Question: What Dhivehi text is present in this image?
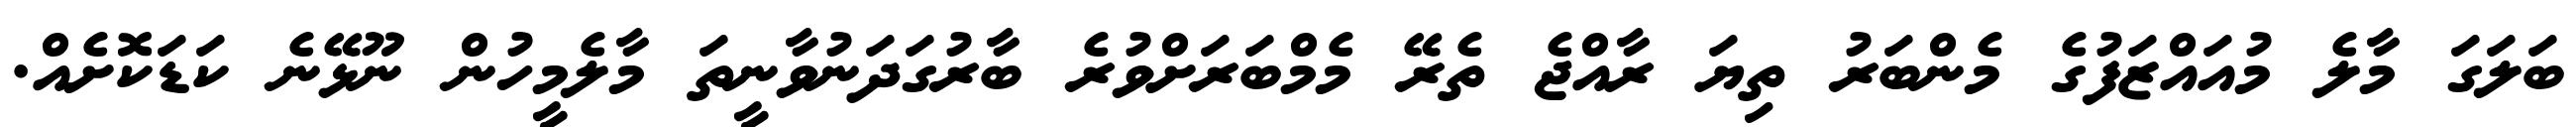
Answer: ބަލަގަ މާލެ މުއައްޒަފުގެ މެންބަރު ތިޔަ ރާއްޖެ ތެރޭ މެމްބަރަށްވުރެ ބާރުގަދަނުވާނީތަ މާލެމީހުން ނޫޅޭނެ ކަޑަކޮށެއް.